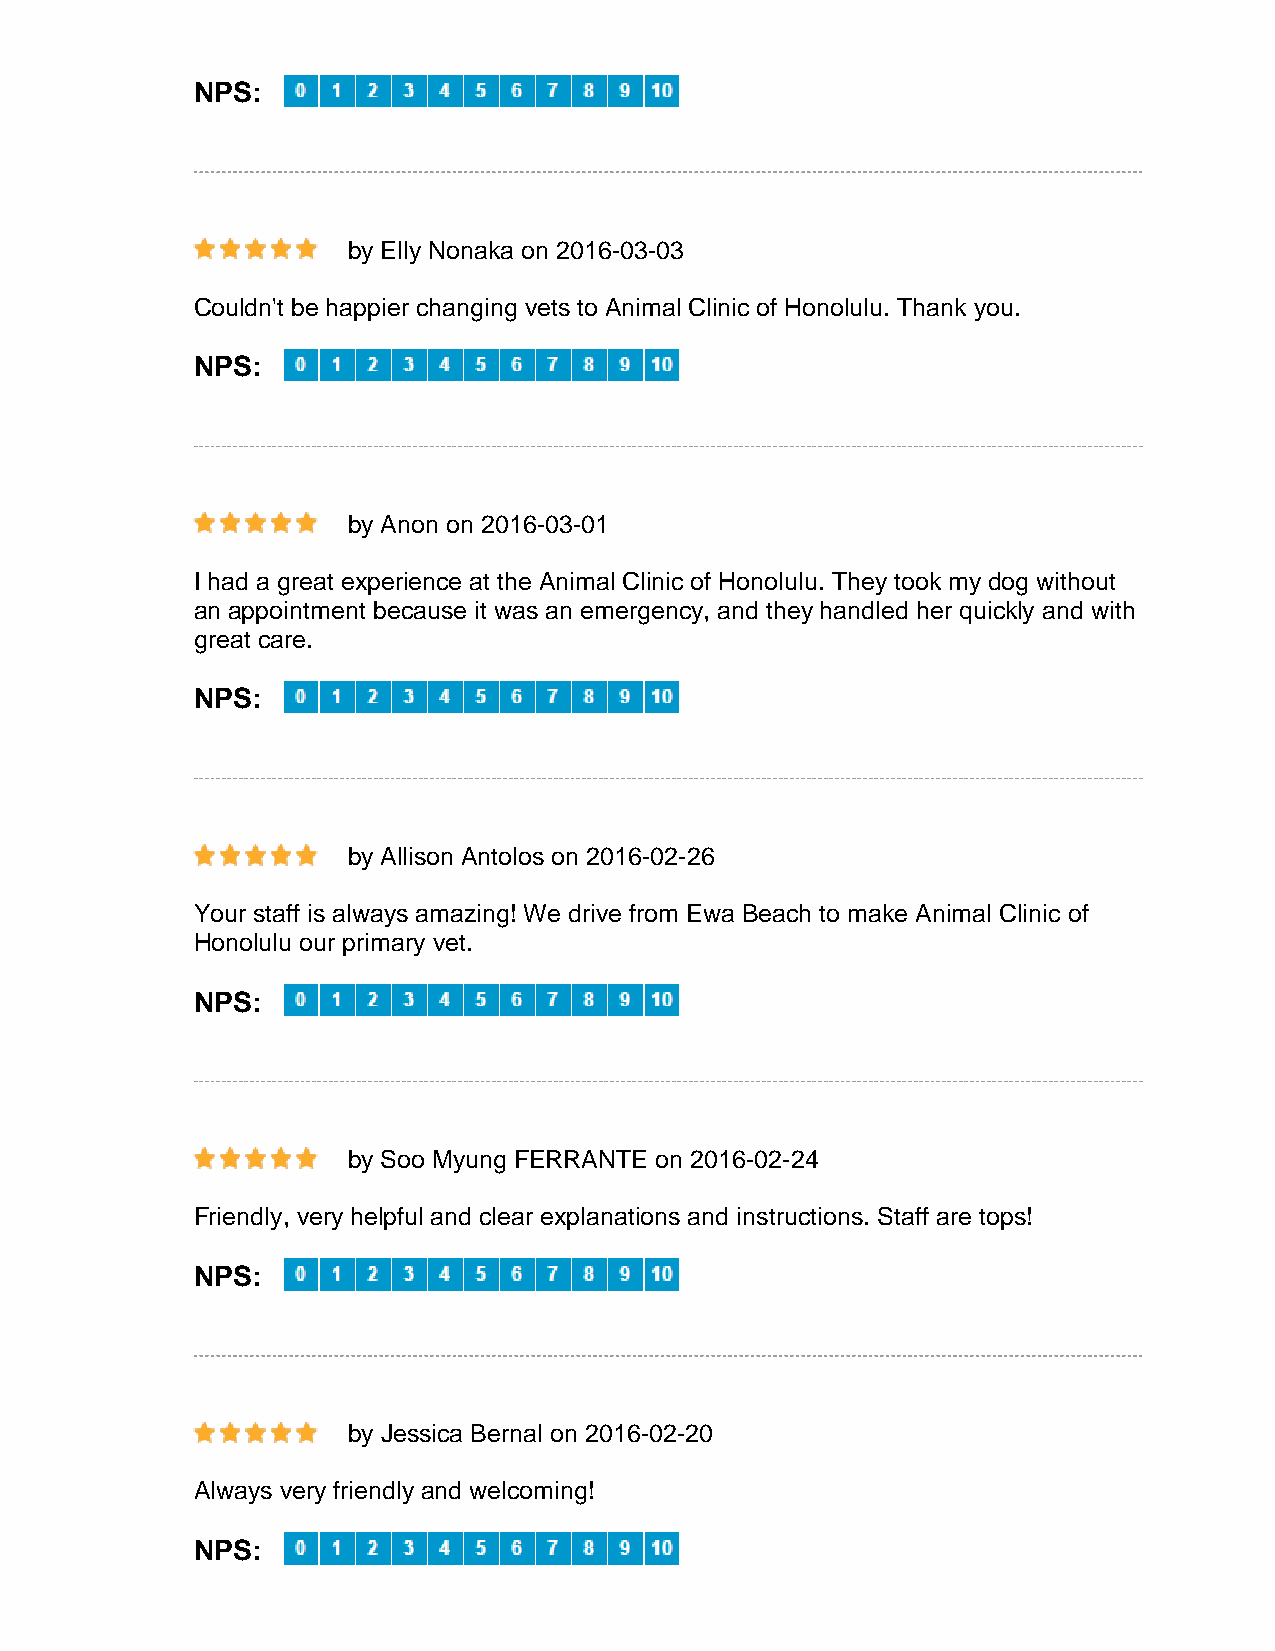
NPS:
 by Elly Nonaka on 2016-03-03
 Couldn't be happier changing vets to Animal Clinic of Honolulu. Thank you.
 NPS:
 by Anon on 2016-03-01
 I had a great experience at the Animal Clinic of Honolulu. They took my dog without
 an appointment because it was an emergency, and they handled her quickly and with
 great care.
 NPS:
 by Allison Antolos on 2016-02-26
 Your staff is always amazing! We drive from Ewa Beach to make Animal Clinic of
 Honolulu our primary vet.
 NPS:
 by Soo Myung FERRANTE on 2016-02-24
 Friendly, very helpful and clear explanations and instructions. Staff are tops!
 NPS:
 by Jessica Bernal on 2016-02-20
 Always very friendly and welcoming!
 NPS: